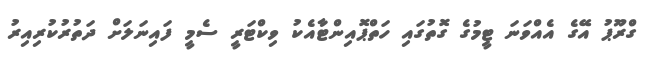
ގްރޫޕު އޭގެ އެއްވަނަ ޓީމުގެ ގޮތުގައި ހަތްޕޮއިންޓާއެކު ވިކްޓަރީ ސެމީ ފައިނަލަށް ދަތުރުކުރިއިރު